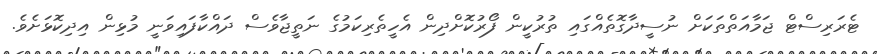
ޓެރަރިސްޓް ޖަމާއަތްތަކަށް ނުސީދާގޮތެއްގައި ތުރުކީން ފޯރުކޮށްދިން އެހީތެރިކަމުގެ ނަތީޖާވެސް ދައްކާފައިވަނީ މުޅިން އިދިކޮޅަށެވެ.